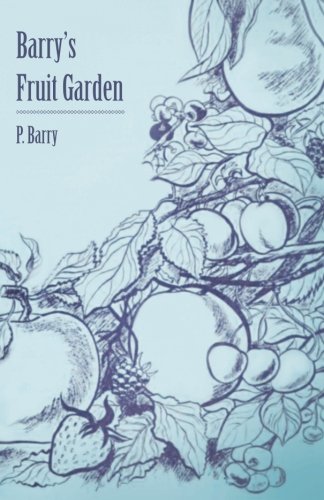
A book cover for Barry's Fruit Garden; P. Barry; Crafts, Hobbies & Home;